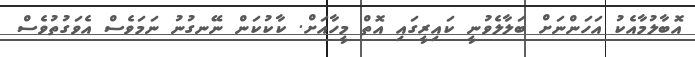
އޮބާލުމާއެކު އަހަންނަށް ބަލާލެވުނީ ކައިރީގައި އޮތް މީހާއަށް. ކާކުކަން ނޭނގުނު ނަމަވެސް އެވަގުތުވެސް